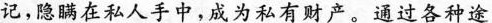
记，隐瞒在私人手中，成为私有财产。通过各种途